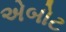
એબોટ